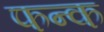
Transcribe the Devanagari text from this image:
फन्क